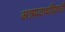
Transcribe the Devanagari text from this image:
अन्नपदार्थांऐवजी